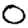
Digit: 0